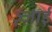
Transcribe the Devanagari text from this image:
ज़्ज़ाई